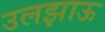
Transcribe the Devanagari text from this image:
उलझाऊ